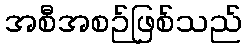
အစီအစဉ်ဖြစ်သည်